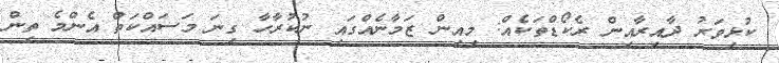
ކުޅިވަރު ދާއިރާއިން ރެކޯޑްތަކެއް: މިއިން ޒަމާނެއްގައި ނުކުރާހާ ގިނަ މަސައްކަތް އެންމެ ތިން